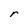
Character: r